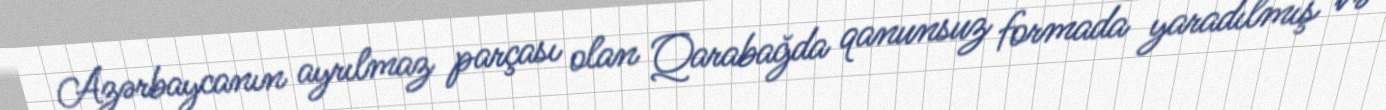
Azərbaycanın ayrılmaz parçası olan Qarabağda qanunsuz formada yaradılmış və